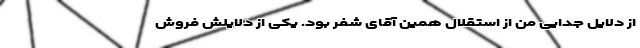
از دلایل جدایی من از استقلال همین آقای شفر بود. یکی از دلایلش فروش